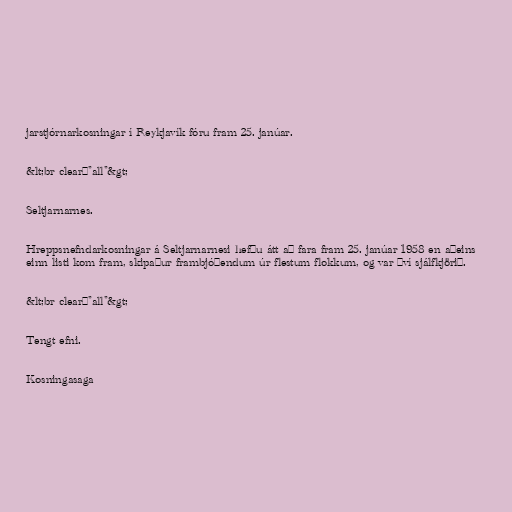
jarstjórnarkosningar í Reykjavík fóru fram 25. janúar.

&lt;br clear="all"&gt;

Seltjarnarnes.

Hreppsnefndarkosningar á Seltjarnarnesi hefðu átt að fara fram 25. janúar 1958 en aðeins
einn listi kom fram, skipaður frambjóðendum úr flestum flokkum, og var því sjálfkjörið.

&lt;br clear="all"&gt;

Tengt efni.

Kosningasaga